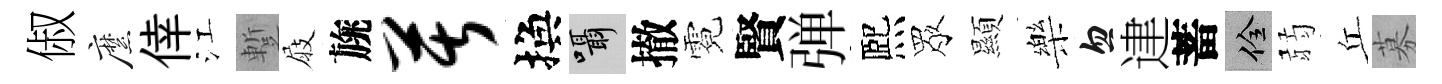
俶縻倖江蹔屐旐苦換囁撤霓賢弹熈眾顯樂忽䢖蓄佺弱丘募